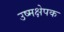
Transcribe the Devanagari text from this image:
उष्मक्षेपक